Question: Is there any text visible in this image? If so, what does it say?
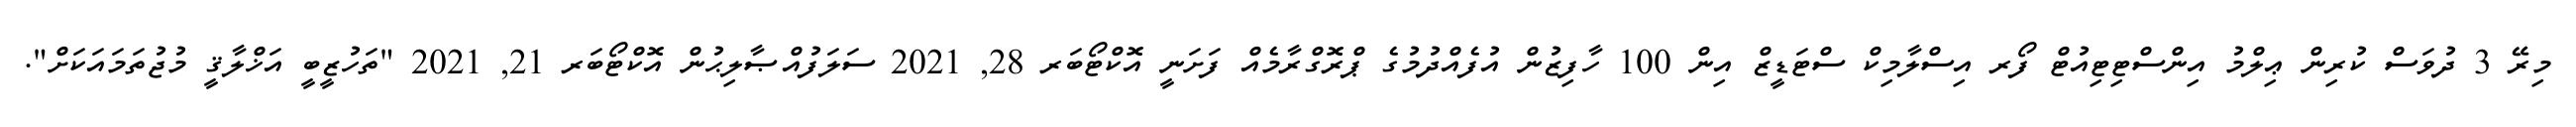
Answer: މިރޭ 3 ދުވަސް ކުރިން ޢިލްމު އިންސްޓިޓިއުޓް ފޯރ އިސްލާމިކް ސްޓަޑީޒް އިން 100 ހާފިޒުން އުފެއްދުމުގެ ޕްރޮގްރާމެއް ފަށަނީ އޮކްޓޯބަރ 28, 2021 ސަލަފުއްޞާލިޙުން އޮކްޓޯބަރ 21, 2021 "ތަހުޒީބީ އަޚްލާޤީ މުޖުތަމައަކަށް".